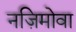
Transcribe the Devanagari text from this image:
नज़िमोवा